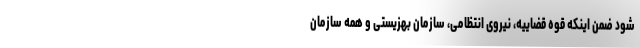
شود ضمن اینکه قوه قضاییه، نیروی انتظامی، سازمان بهزیستی و همه سازمان